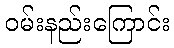
ဝမ်းနည်းကြောင်း